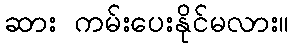
ဆား ကမ်းပေးနိုင်မလား။